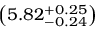
\left( 5 . 8 2 _ { - 0 . 2 4 } ^ { + 0 . 2 5 } \right)